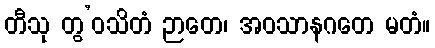
တီသု တွ’ဝသိတံ ဉာတေ၊ အဝသာနဂတေ မတံ။